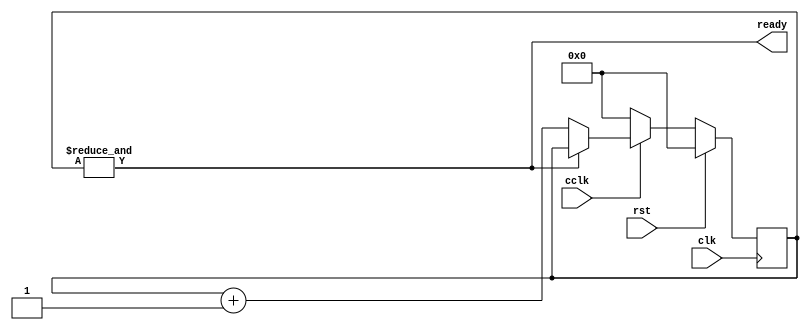
/*
   This file was generated automatically by Alchitry Labs version 1.1.5.
   Do not edit this file directly. Instead edit the original Lucid source.
   This is a temporary file and any changes made to it will be destroyed.
*/

/*
   Parameters:
     CLK_FREQ = CLK_FREQ
*/
module cclk_detector_10 (
    input clk,
    input rst,
    input cclk,
    output reg ready
  );
  
  localparam CLK_FREQ = 26'h2faf080;
  
  
  localparam CTR_SIZE = 4'he;
  
  reg [13:0] M_ctr_d, M_ctr_q = 1'h0;
  
  always @* begin
    M_ctr_d = M_ctr_q;
    
    ready = (&M_ctr_q);
    if (cclk == 1'h0) begin
      M_ctr_d = 1'h0;
    end else begin
      if (!(&M_ctr_q)) begin
        M_ctr_d = M_ctr_q + 1'h1;
      end
    end
  end
  
  always @(posedge clk) begin
    if (rst == 1'b1) begin
      M_ctr_q <= 1'h0;
    end else begin
      M_ctr_q <= M_ctr_d;
    end
  end
  
endmodule